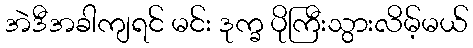
အဲဒီအခါကျရင် မင်း ဒုက္ခ ပိုကြီးသွားလိမ့်မယ်